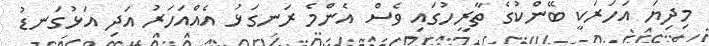
މިދިޔަ އަހަރަކީ ބޭންކުގެ ތާރީހުގައި ވެސް އެންމެ ރަނގަޅު އެއްއަހަރު އަދި އަޅުގަނޑު